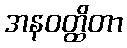
အနဝတ္ထိတာ